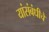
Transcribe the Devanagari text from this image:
यांसंबंधीचे